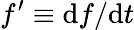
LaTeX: f^{\prime}\equiv{\mathrm{d}}f/{\mathrm{d}}t